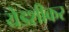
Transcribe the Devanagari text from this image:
येडशीकर